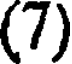
(7)